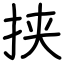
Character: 挟